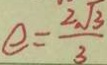
e = \frac { 2 \sqrt { 3 } } { 3 }